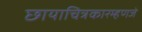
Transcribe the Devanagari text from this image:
छायाचित्रकारम्हणजे